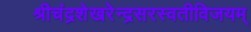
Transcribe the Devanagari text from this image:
श्रीचंद्रशेखरेन्द्रसरस्वतीविजयम्